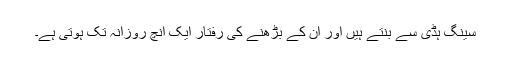
سینگ ہڈی سے بنتے ہیں اور ان کے بڑھنے کی رفتار ایک انچ روزانہ تک ہوتی ہے۔